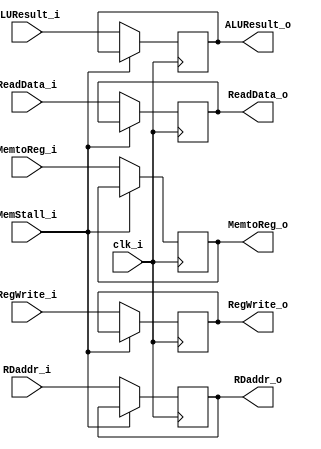
module MEM_WB(
    input clk_i,
    input RegWrite_i,
    input MemtoReg_i,
    input [31:0] ALUResult_i,
    input [31:0] ReadData_i,
    input [4:0] RDaddr_i,
    input MemStall_i,
    output RegWrite_o,
    output MemtoReg_o,
    output [31:0] ALUResult_o,
    output [31:0] ReadData_o,
    output [4:0] RDaddr_o
);

reg [31:0] ALUResult_o, ReadData_o;
reg [4:0] RDaddr_o;
reg RegWrite_o, MemtoReg_o;

always @(posedge clk_i) begin
    if (~MemStall_i) begin
        ALUResult_o <= ALUResult_i;
        ReadData_o <= ReadData_i;
        RDaddr_o <= RDaddr_i;
        RegWrite_o <= RegWrite_i;
        MemtoReg_o <= MemtoReg_i;
    end
end

endmodule